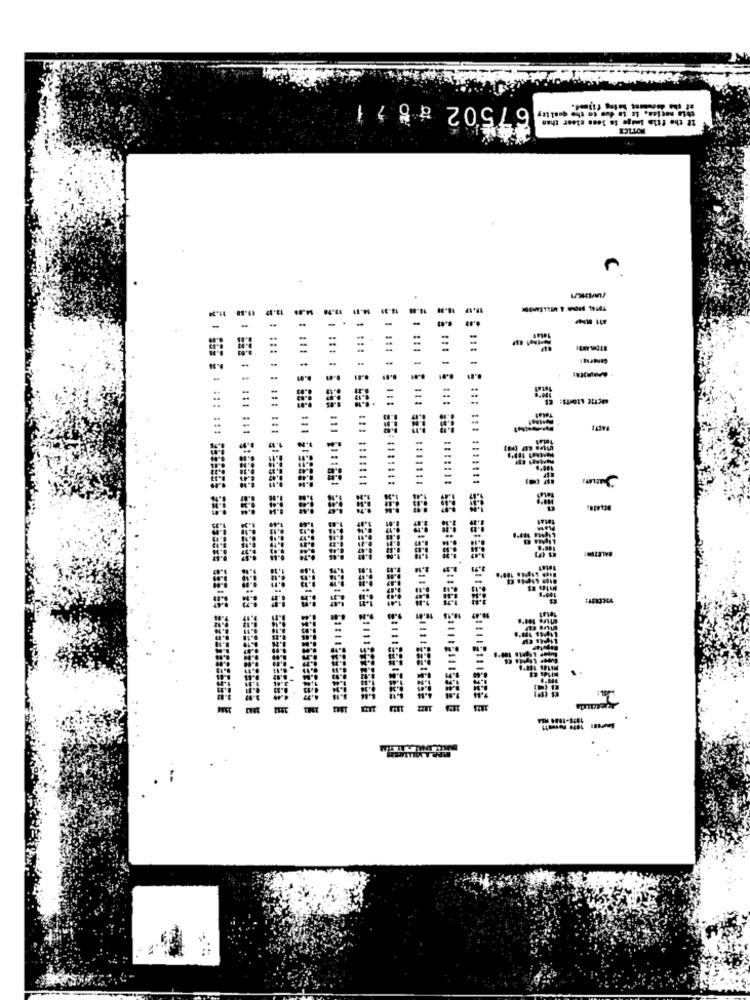
67502 a8 2 1
this naties, iz is due to the quality
If the file image lo less clear then
C
19. 12
-
--
Total
-